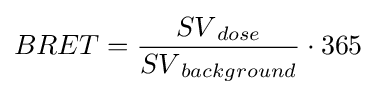
BRET={\frac {{SV}_{dose}}{{SV}_{background}}}\cdot 365